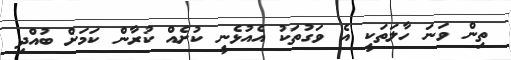
ތިން ވަނަ ހާލަތަކީ އެ ވަގުތަކު އެއުޅެނީ ކުށެއް ކުރާން ކަމަށް ބުއްދި